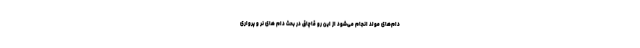
دام‌های مولد انجام می‌شود از این رو قاچاق در بحث دام های نر و پرواری